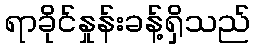
ရာခိုင်နှုန်းခန့်ရှိသည်